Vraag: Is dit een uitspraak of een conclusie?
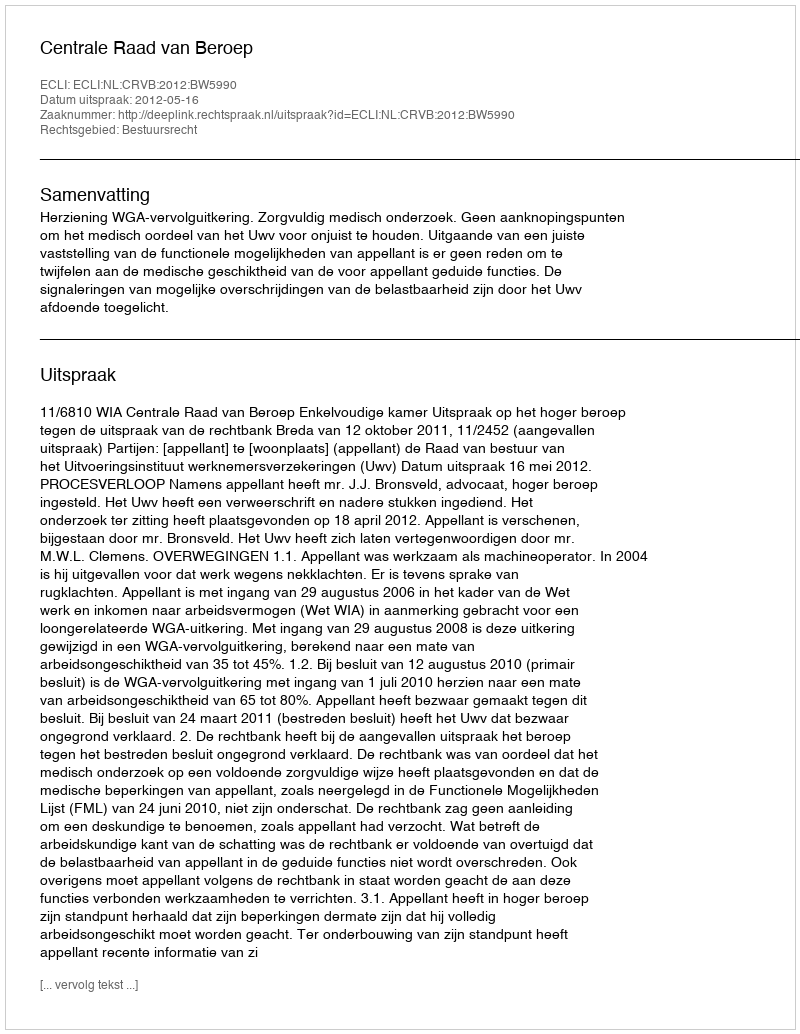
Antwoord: Uitspraak